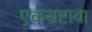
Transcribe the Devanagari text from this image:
एकसष्टावा